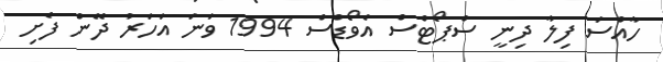
ހާއްސަ ފިލާ ދިނީ ސްޕޯޓްސް އެވޯޑްސް 1994 ވަނަ އަހަރު ދޭން ފެށި